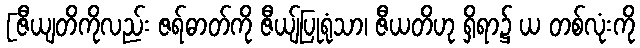
[ဇီယျတိကိုလည်း ဇရ်ဓာတ်ကို ဇီယျ်ပြုရုံသာ၊ ဇီယတိဟု ရှိရာ၌ ယ တစ်လုံးကို